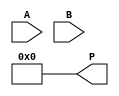
module radix4_multiplier (
    input signed [n-1:0] A,      // Multiplicand
    input signed [n-1:0] B,      // Multiplier
    output reg signed [2*n-1:0] P // Product
);
    parameter n = 8; // Bit-width of input operands
    reg [2*n-1:0] partial_product [0:3]; // Store partial products
    reg [n-1:0] B_reg; // Register to hold the multiplier (B)
    reg [n:0] A_ext; // Sign-extended multiplicand
    reg [2*n-1:0] sum; // Temporary sum for accumulation
    reg [2*n-1:0] current, next; // Current and next product values
    integer i; // Loop variable

    // Sign-extend the multiplicand A
    always @(*) begin
        A_ext = {A[n-1], A}; // Extend sign bit
        B_reg = B;
        P = 0; // Initialize product to 0
    end

    always @(B_reg) begin
        // Initialize partial products
        partial_product[0] = 0;
        partial_product[1] = 0;
        partial_product[2] = 0;
        partial_product[3] = 0;

        // Booth's encoding and partial product generation
        for (i = 0; i < n/2; i = i + 1) begin
            case (B_reg[2*i +: 2])
                2'b00: partial_product[i] = 0; // No operation
                2'b01: partial_product[i] = A_ext; // Add A
                2'b10: partial_product[i] = -A_ext; // Subtract A
                2'b11: partial_product[i] = A_ext << 1; // Add 2A
            endcase
        end

        // Accumulate the partial products
        for (i = 0; i < n/2; i = i + 1) begin
            P = P + (partial_product[i] << (i*1)); // Shift partial products
        end
    end
endmodule